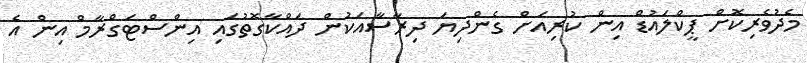
މެދުވެރިކޮށް ޕީކްލައުޑް އިން ކުރިއަށް ގެންދިޔަ ދިރާސާއަކުން ދައްކާގޮތުގައި އިންސްޓަގްރާމް އިން އެ